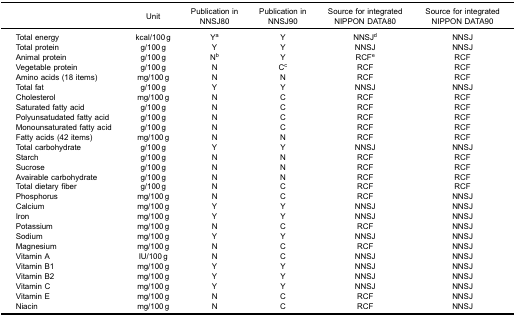
|  | Unit | Publication inNNSJ80 | Publication inNNSJ90 | Source for integratedNIPPON DATA80 | Source for integratedNIPPON DATA90 |
 | --- | --- | --- | --- | --- | --- |
 | Total energy | kcal/100 g | Ya | Y | NNSJd | NNSJ |
 | Total protein | g/100 g | Y | Y | NNSJ | NNSJ |
 | Animal protein | g/100 g | Nb | Y | RCFe | RCF |
 | Vegetable protein | g/100 g | N | Cc | RCF | RCF |
 | Amino acids (18 items) | mg/100 g | N | N | RCF | RCF |
 | Total fat | g/100 g | Y | Y | NNSJ | NNSJ |
 | Cholesterol | mg/100 g | N | C | RCF | RCF |
 | Saturated fatty acid | g/100 g | N | C | RCF | RCF |
 | Polyunsatudated fatty acid | g/100 g | N | C | RCF | RCF |
 | Monounsaturated fatty acid | g/100 g | N | C | RCF | RCF |
 | Fatty acids (42 items) | mg/100 g | N | N | RCF | RCF |
 | Total carbohydrate | g/100 g | Y | Y | NNSJ | NNSJ |
 | Starch | g/100 g | N | N | RCF | RCF |
 | Sucrose | g/100 g | N | N | RCF | RCF |
 | Avairable carbohydrate | g/100 g | N | N | RCF | RCF |
 | Total dietary fiber | g/100 g | N | C | RCF | RCF |
 | Phosphorus | mg/100 g | N | C | RCF | NNSJ |
 | Calcium | mg/100 g | Y | Y | NNSJ | NNSJ |
 | Iron | mg/100 g | Y | Y | NNSJ | NNSJ |
 | Potassium | mg/100 g | N | C | RCF | NNSJ |
 | Sodium | mg/100 g | Y | Y | NNSJ | NNSJ |
 | Magnesium | mg/100 g | N | C | RCF | NNSJ |
 | Vitamin A | IU/100 g | N | C | NNSJ | NNSJ |
 | Vitamin B1 | mg/100 g | Y | Y | NNSJ | NNSJ |
 | Vitamin B2 | mg/100 g | Y | Y | NNSJ | NNSJ |
 | Vitamin C | mg/100 g | Y | Y | NNSJ | NNSJ |
 | Vitamin E | mg/100 g | N | C | RCF | NNSJ |
 | Niacin | mg/100 g | N | C | RCF | NNSJ |